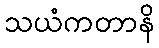
သယံကတာနိ